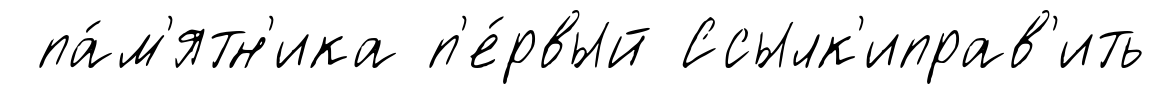
па́м'ятн'ика п'е́рвый Ссылк'иправ'ить